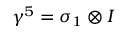
\gamma ^ { 5 } = \sigma _ { 1 } \otimes I